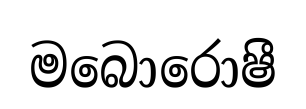
මබොරොෂී